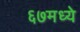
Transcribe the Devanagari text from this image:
६७मध्ये